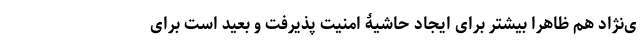
ی‌نژاد هم ظاهرا بیشتر برای ایجاد حاشیۀ امنیت پذیرفت و بعید است برای